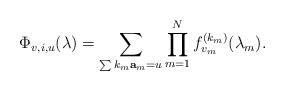
LaTeX: \begin{align*}\Phi_{v,i,u}(\lambda) = \sum_{\sum k_m{\bf a}_m = u} \prod_{m=1}^N f_{v_m}^{(k_m)}(\lambda_m).\end{align*}